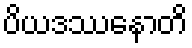
ပိယဒဿနောတိ